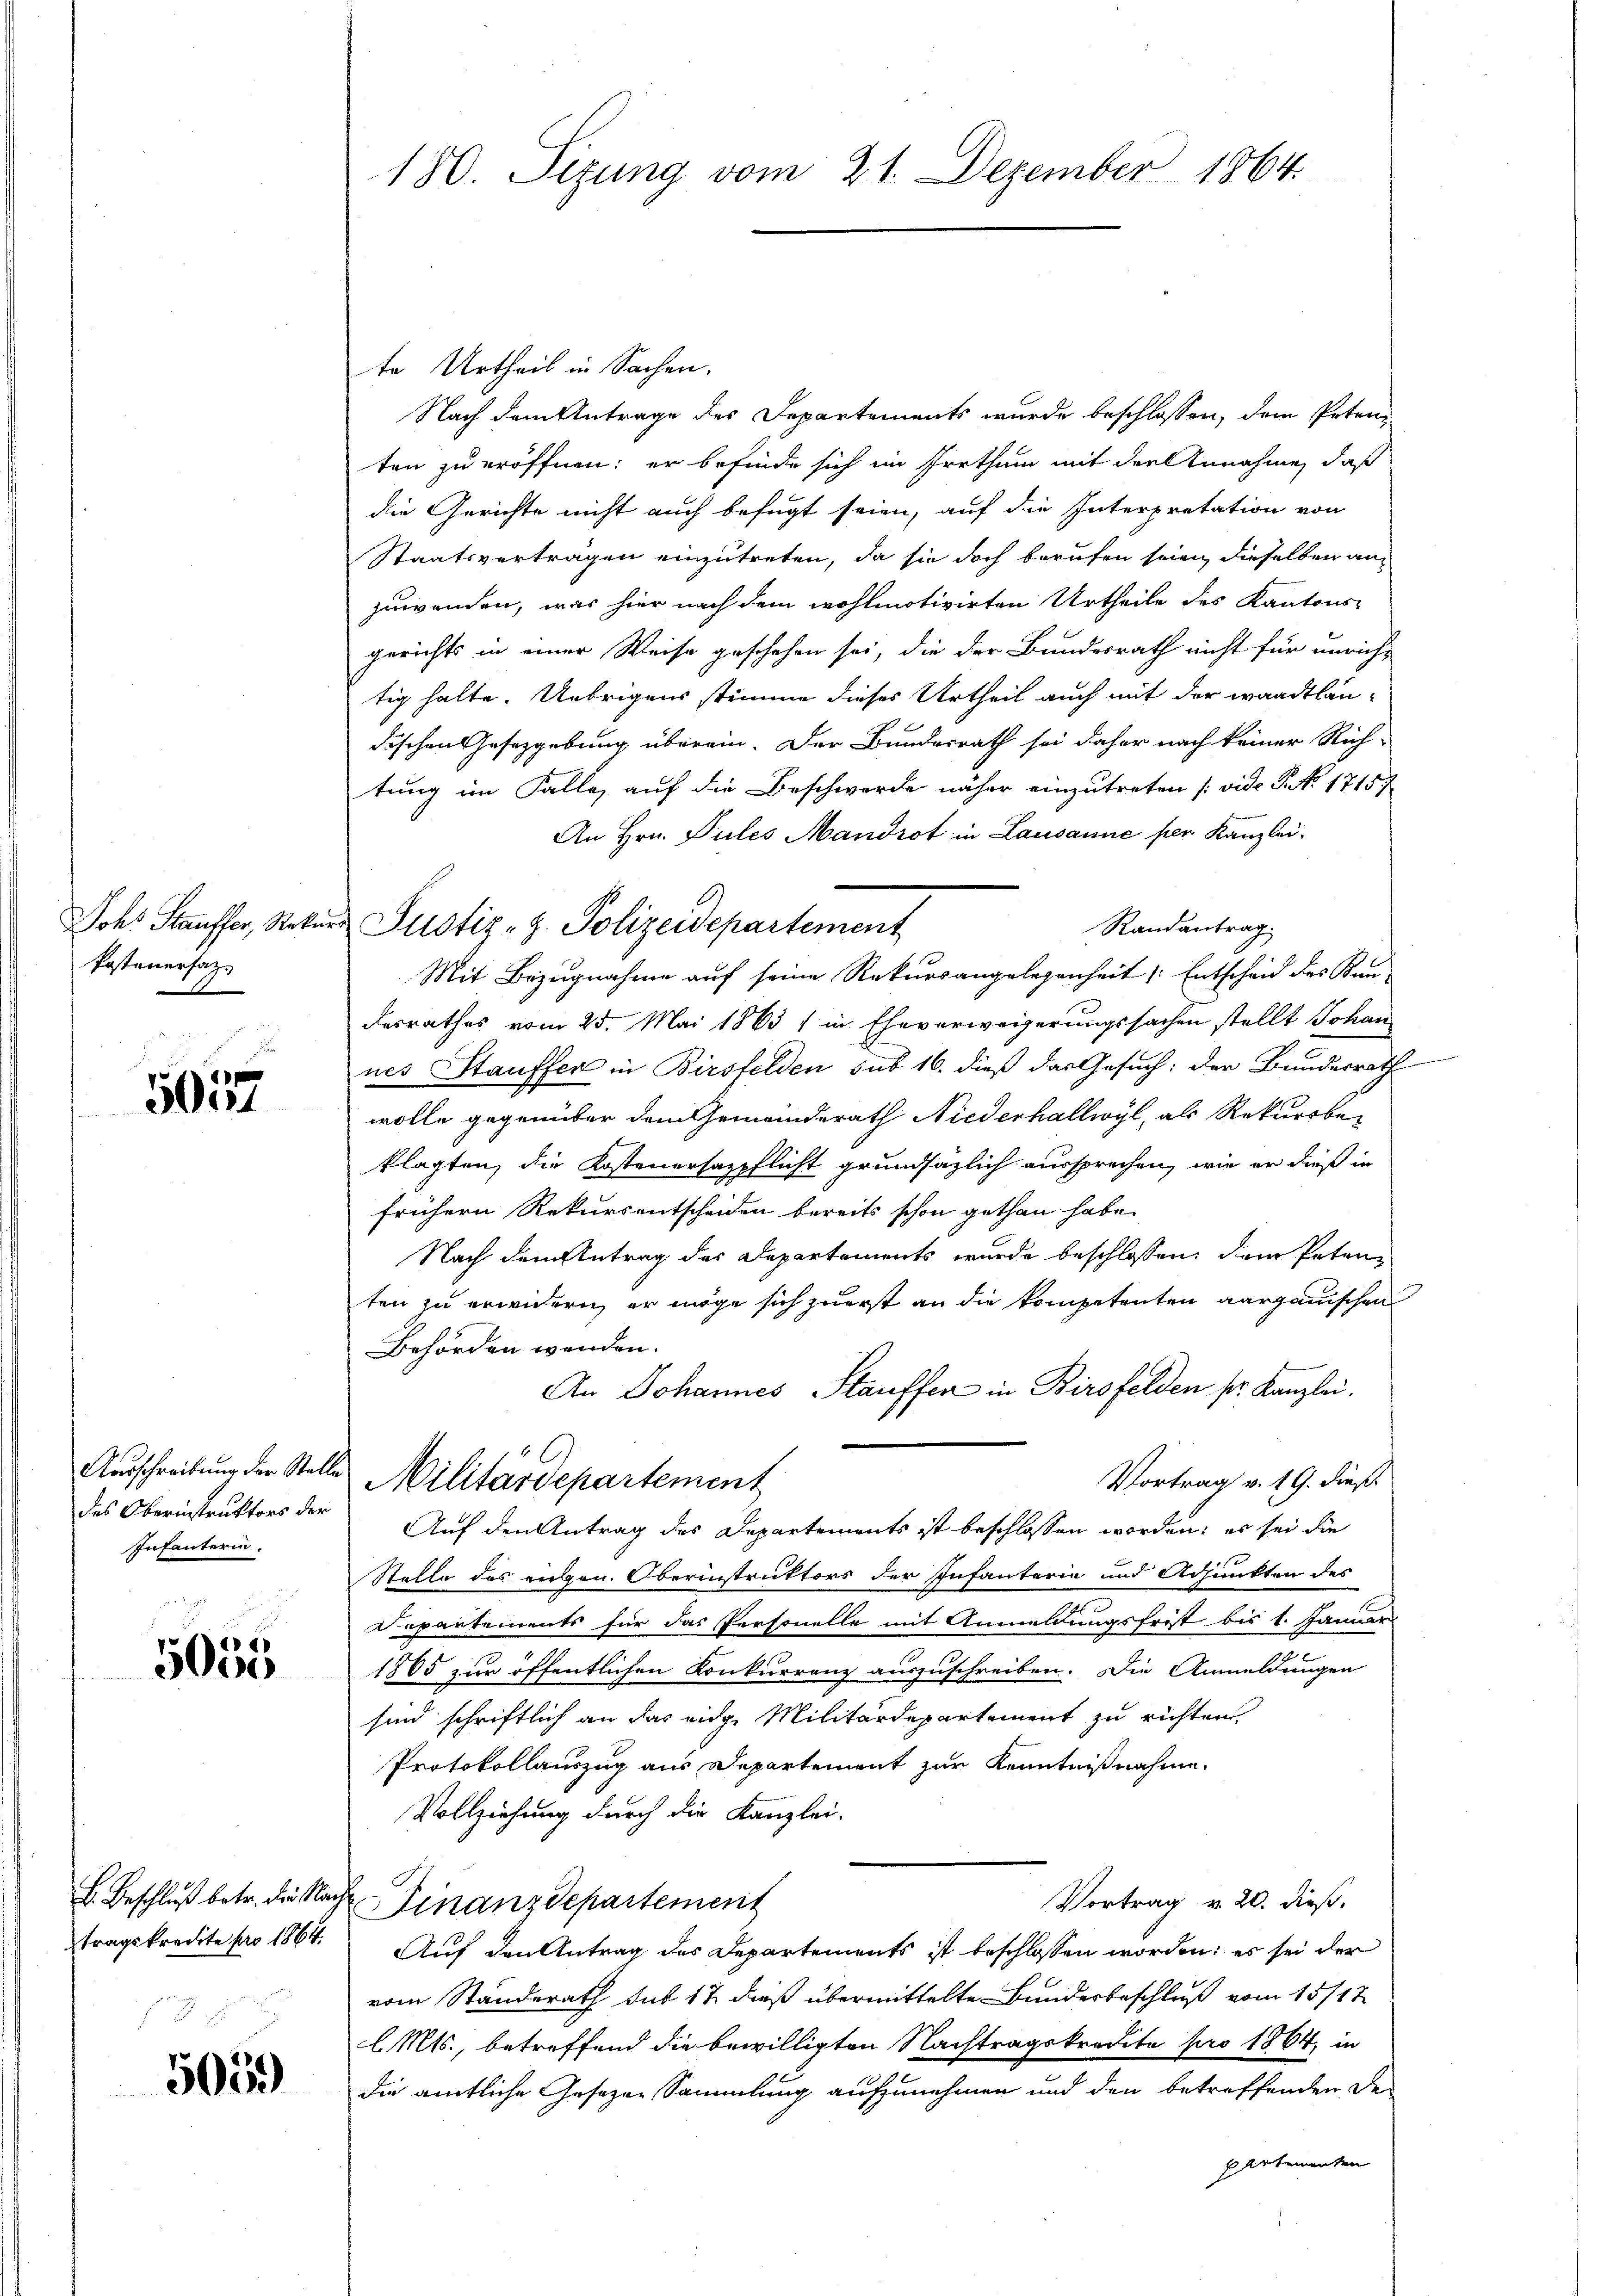
Postenersatz

5037

des Oberinstruktors der
Infanterin.

5055

505)

te Urtheil in Sachen.
Nach dem Antrage des Departements wurde beschlossen, dem Petenten zu eröffnen; er befinde sich im Irrthum mit der Annahme, daß
die Gerichte nicht auch befugt seien, auf die Interpretation von
Staatsverträgen einzutreten, da sie doch berufen seien, dieselben anzuwenden, was hier nach dem wohlmotivirten Urtheile des Kantons-
gerichts in einer Weise geschehen sei, die der Bundesrath nicht für unricht
tig halte. Uebrigens stimme dieses Urtheil auch mit der waadtländischen Gesetzgebung überein. Der Bundesrath sei daher nach keiner Rich-
tung im Falle, auf die Beschwerde näher einzutreten [vide P. No. 17157
An Hrn. Pules Mandrot in Lausanne per Kanzlei.
Randantrag
Mit Bezugnahme auf seine Rekursangelegenheit Entscheid des Kan-
desrathes vom 25. Mai 1863 / in Eheverweigerungssachen stellt Johan
nes Stauffer in Birsfelden sub 16. dieß das Gesuch: der Bundesrath
wolle gegenüber dem Gemeinderath Niederhallwyl, als Rekursbeklagten, die Kostenersazpflicht grundsätzlich aussprechen, wie er dieß in
frühern Rekursentscheiden bereits schon gethan habe.
Nach dem Antrag des Departements wurde beschlossen, dem Petenten zu erwidern er möge sich zuerst an die kompetenten aargauischen
Behörden wenden.
An Johannes Stauffen in Birsfelden pr. Kanzlei.
Ausschreibung der Stelle Militärdepartement
Vortrag v. 19. dieß
Auf den Antrag des Departements ist beschlossen worden; es sei die
Stelle des eigen. Oberinstruktors der Infanterie und Adjunkten des
Departements für das Personelle mit Anmeldungsfrist bis 1. Januar
1865 zur öffentlichen Konkurrenz auszuschreiben. Die Anmeldungen
sind schriftlich an das eidge Militärdepartement zu richten.
Protokollauszug aus Departement zur Kenntnißnahme
Vollziehung durch die Kanzlei-
Vortrag v. 20. dieß.
L. Beschluß betr. die Nach Finanzdepartement
tragskredite pro 1864. Auf den Antrag des Departements ist beschlossen worden: es sei der
vom Standerath sub 17 dieß übermittelte Bundesbeschluß vom 15/17.
l. Mts., betreffend die bewilligten Nachtragskredite pro 1864, in
die amtliche Gesezen Sammlung aufzunehmen und den betreffenden De-
partementen

180. Sizung vom 21. Dezember 1864.

Johs. Stauffer, Rekurs Justiz- H. Polizeidepartement